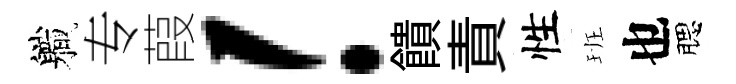
軄专葭！饋責性班也腮